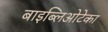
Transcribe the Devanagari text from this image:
बाइब्लिओटेका